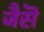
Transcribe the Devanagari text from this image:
जैसॆ